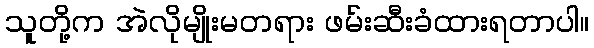
သူတို့က အဲလိုမျိုးမတရား ဖမ်းဆီးခံထားရတာပါ။